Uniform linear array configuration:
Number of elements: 4
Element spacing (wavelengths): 0.25
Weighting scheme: kaiser
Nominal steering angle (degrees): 45
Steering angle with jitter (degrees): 45.064
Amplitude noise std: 0.05
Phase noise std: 0.05

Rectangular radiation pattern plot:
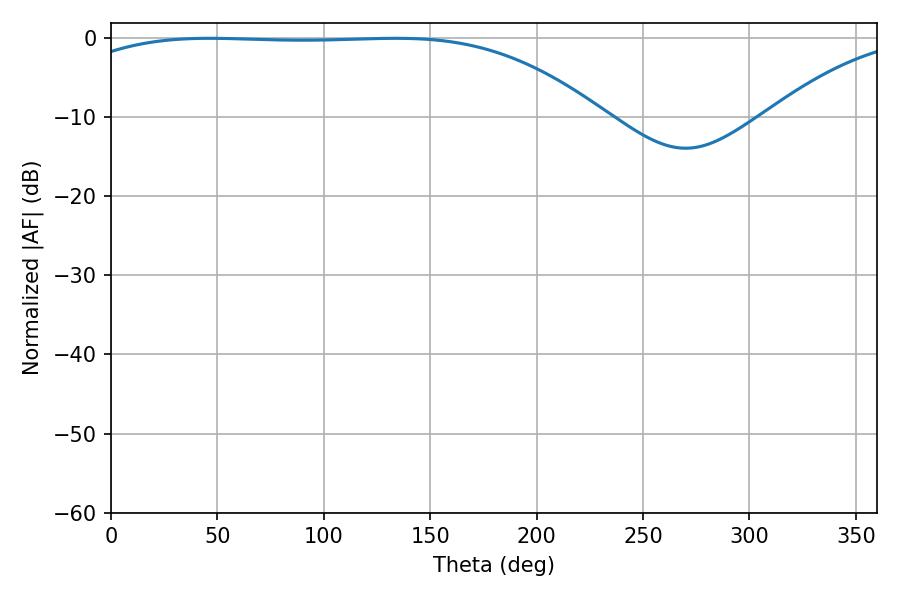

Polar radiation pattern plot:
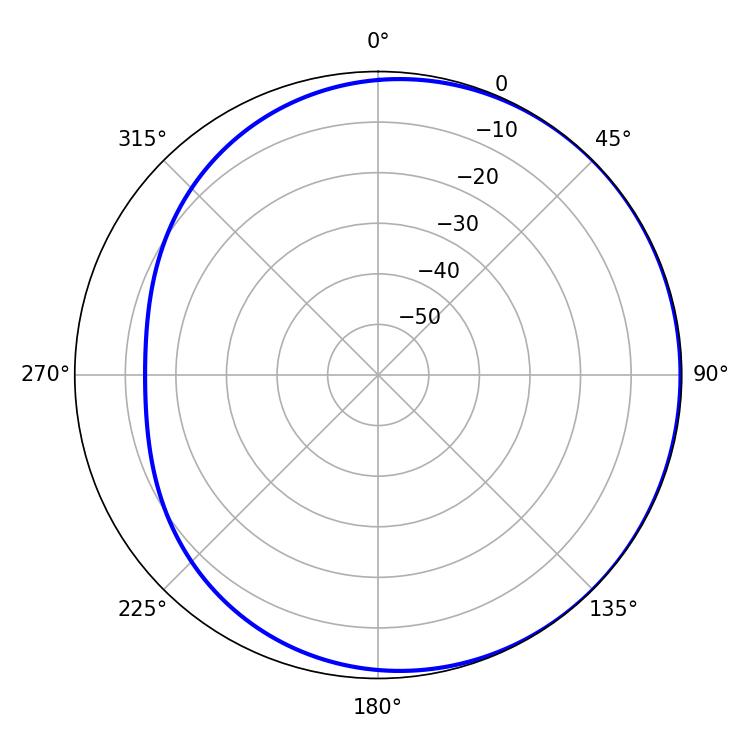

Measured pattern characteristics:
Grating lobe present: FALSE
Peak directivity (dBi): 0.8662
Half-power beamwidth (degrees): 193.32
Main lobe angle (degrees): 46.26